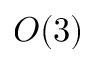
O ( 3 )